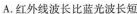
A.红外线波长比蓝光波长短